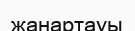
жанартауы